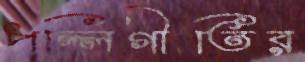
পল্লিগীতির